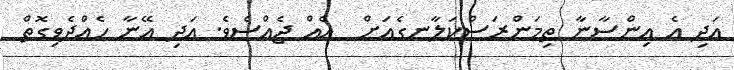
އަދި އެ އިންސާނާ ތިމަންރަސްކަލާނގެއަށް  އެއް ޖެއްސެވެ. އަދި އޭނާ ހެއްދެވިގޮތް